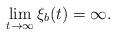
LaTeX: \begin{align*}\lim_{t\to\infty}\xi_b(t)=\infty.\end{align*}